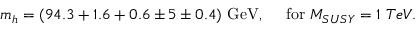
m _ { h } = ( 9 4 . 3 + 1 . 6 + 0 . 6 \pm 5 \pm 0 . 4 ) \ \mathrm { G e V } , \ \ \ \mathrm { ~ f o r } \ M _ { S U S Y } = 1 \ T e V .